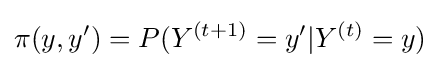
\pi (y,y')=P(Y^{(t+1)}=y'|Y^{(t)}=y)